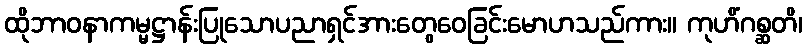
ထိုဘာဝနာကမ္မဋ္ဌာန်းပြုသောပညာရှင်အားတွေဝေခြင်းမောဟသည်ကား။ ကုဟိံဂစ္ဆတိ၊